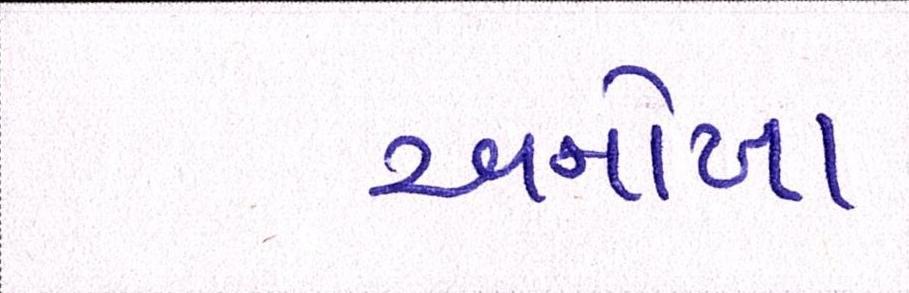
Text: અનોખા